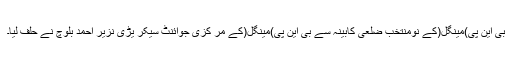
بی این پی)مینگل(کے نومنتخب ضلعی کابینہ سے بی این پی)مینگل(کے مر کزی جوائنٹ سیکر یڑی نزیر احمد بلوچ نے حلف لیا۔